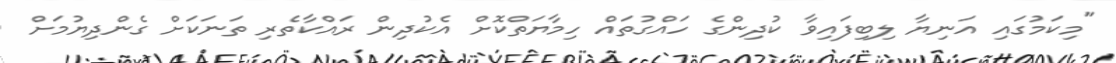
"މިކަމުގައި އަނިޔާ ލިބިފައިވާ ކުދިންގެ ހައްގުތައް ހިމާޔަތްކޮށް އެކުދިން ރައްކާތެރި ތަނަކަށް ގެންދިޔުމަށް